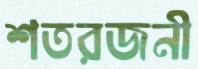
শতরজনী